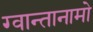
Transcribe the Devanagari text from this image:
ग्वान्तानामो